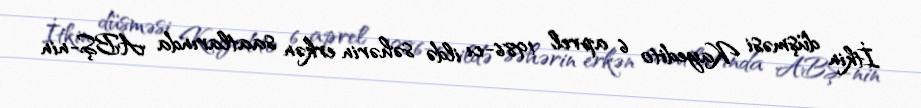
İtkin düşməsi Kayedito 6 aprel 1986-cı ildə səhərin erkən saatlarında ABŞ-nin